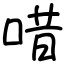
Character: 唶